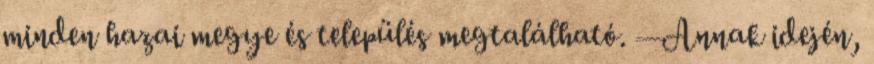
minden hazai megye és település megtalálható. — Annak idején,